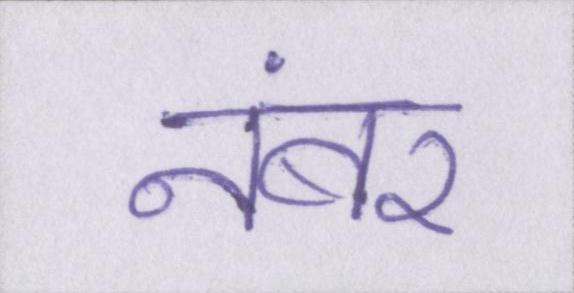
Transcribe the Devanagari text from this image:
नंबर